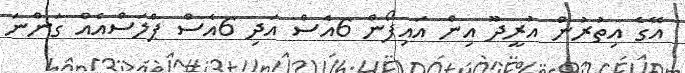
އޭގެ އިތުރުން އުރީދޫ އިން އައިފޯން 6އެސް އަދި 6އެސް ޕްލަސްއެއް ގަންނަ